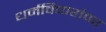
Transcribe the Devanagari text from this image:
धर्मविचारांवर